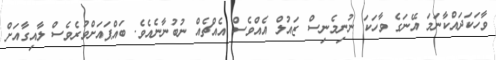
ވާހަކަދައްކާނަމަ އޭނަގެ ވާހަކަ ނުނިމެނިސް ޒައުލް އެއްވެސް އެއްޗެއް ނުބުނާނެއެވެ. ބައްޕައަށްވުރެވެސް ލާއިގާއަށް